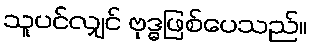
သူပင်လျှင် ဗုဒ္ဓဖြစ်ပေသည်။